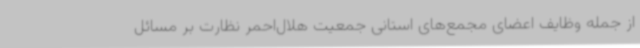
از جمله وظایف اعضای مجمع‌های استانی جمعیت هلال‌احمر نظارت بر مسائل